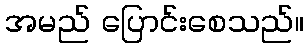
အမည် ပြောင်းစေသည်။